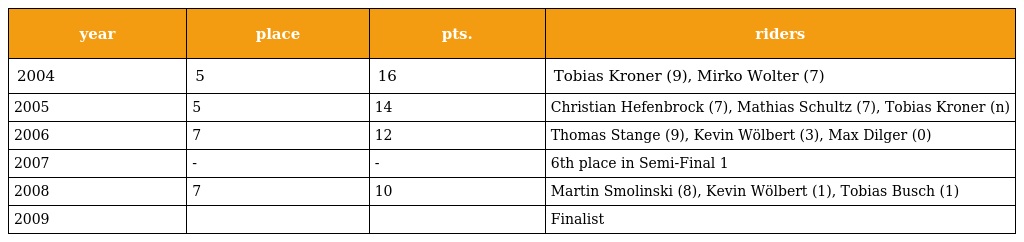
| year | place | pts. | riders |
 | --- | --- | --- | --- |
 | 2004 | 5 | 16 | Tobias Kroner (9), Mirko Wolter (7) |
 | 2005 | 5 | 14 | Christian Hefenbrock (7), Mathias Schultz (7), Tobias Kroner (n) |
 | 2006 | 7 | 12 | Thomas Stange (9), Kevin Wölbert (3), Max Dilger (0) |
 | 2007 | - | - | 6th place in Semi-Final 1 |
 | 2008 | 7 | 10 | Martin Smolinski (8), Kevin Wölbert (1), Tobias Busch (1) |
 | 2009 |  |  | Finalist |